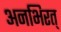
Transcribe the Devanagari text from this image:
अनभिरत्